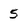
Character: 5